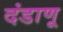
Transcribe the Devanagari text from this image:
दंडाणू